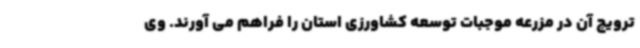
ترویج آن در مزرعه موجبات توسعه کشاورزی استان را فراهم می آورند. وی